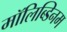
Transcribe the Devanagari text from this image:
मॉलिब्डिनम